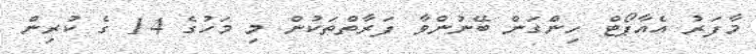
މާފަރު އެއާޕޯޓް ހިންގަން ބޭނުންވާ ފަރާތްތަކުން މި މަހުގެ 14 ގެ ކުރިން